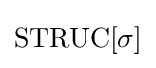
{\mbox{STRUC}}[\sigma ]